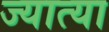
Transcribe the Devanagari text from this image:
ज्यात्या